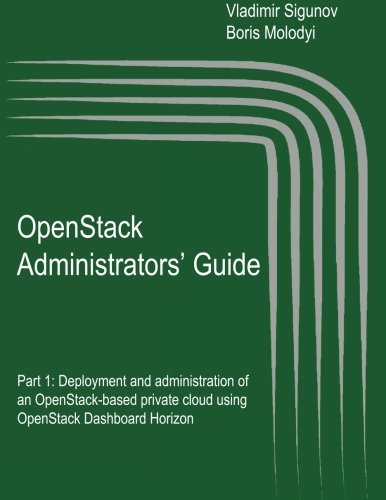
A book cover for OpenStack Administrators' Guide: OpenStack Administrators' Guide. Part 1: Deployment and administration of an OpenStack-based private cloud using ... (OpenStack: the Cloud Operating System); Vladimir Sigunov; Computers & Technology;